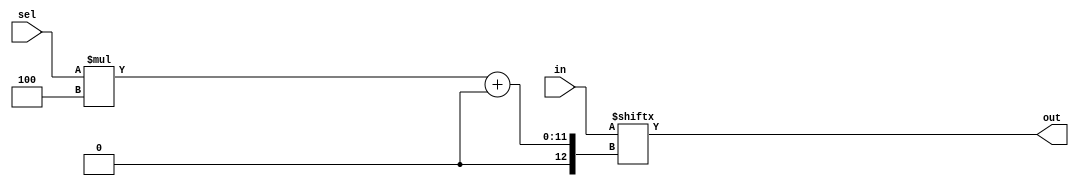
module top_module( 
    input [1023:0] in,
    input [7:0] sel,
    output [3:0] out );

    assign out = in[sel*4 +: 4];	// Select starting at index "sel*4", then select a total width of 4 bits with increasing (+:) index number.
    // assign out = in[sel*4+3 -: 4];	// Select starting at index "sel*4+3", then select a total width of 4 bits with decreasing (-:) index number.
    // Note: The width (4 in this case) must be constant.
    
endmodule